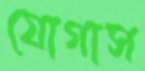
যোগাস